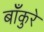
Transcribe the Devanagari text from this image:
बाँकुरे